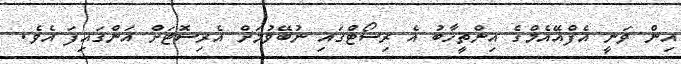
އިން ވަނީ އެފްއޭއެމްގެ އިންތީޚާބު އެ ރިސޯޓްގައި ނުބޭވުމަށް އެރިސޮޓަށް އަންގައިފަ އެވެ.